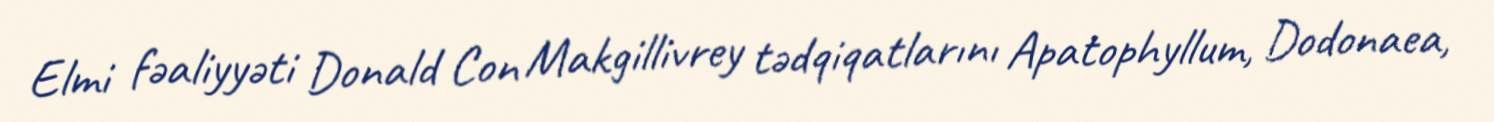
Elmi fəaliyyəti Donald Con Makgillivrey tədqiqatlarını Apatophyllum, Dodonaea,